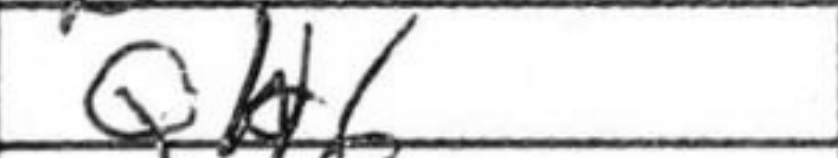
Transcription: Qh6